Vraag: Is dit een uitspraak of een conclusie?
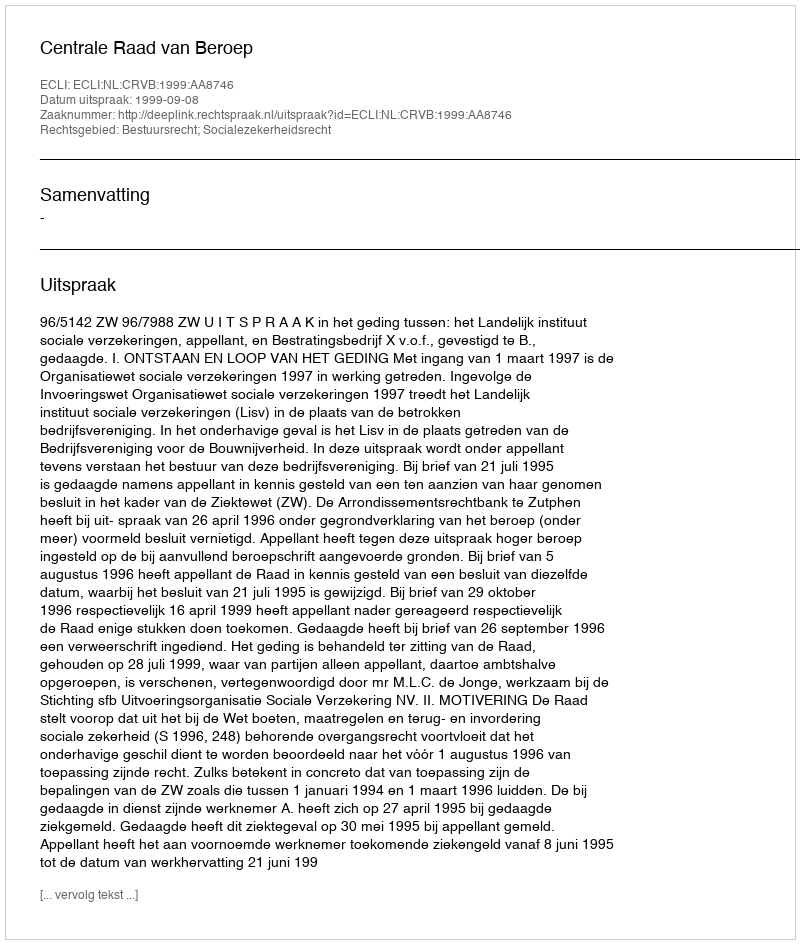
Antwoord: Uitspraak